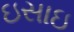
ઇસાઇ